画像に写った文字を読んでください
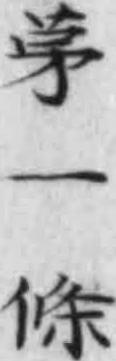
「第一條」と書いてあります